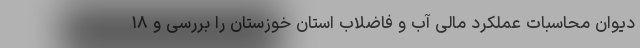
دیوان محاسبات عملکرد مالی آب و فاضلاب استان خوزستان را بررسی و ۱۸